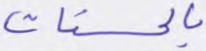
بالحسنات